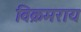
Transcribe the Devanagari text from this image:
विक्रमराय